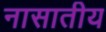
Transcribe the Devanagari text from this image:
नासातीय